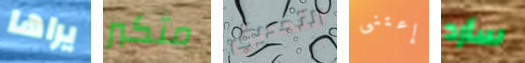
يراها متكبر التحديق إعتنى سأرد